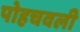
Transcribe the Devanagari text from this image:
पोहचवली